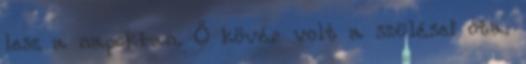
lesz a napokban. Ő kövér volt a szülései óta.